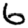
Digit: 6